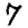
Digit: 7